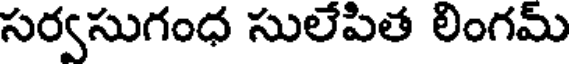
సర్వసుగంధ సులేపిత లింగమ్